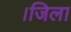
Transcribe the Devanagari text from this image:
।जिला